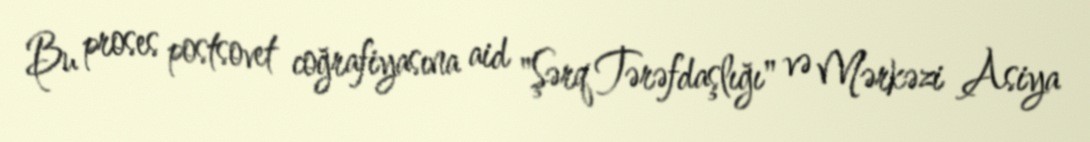
Bu proses postsovet coğrafiyasına aid "Şərq Tərəfdaşlığı" və Mərkəzi Asiya